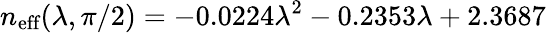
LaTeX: n_{\textrm{eff}}(\lambda,\pi/2)=-0.0224\lambda^{2}-0.2353\lambda+2.3687